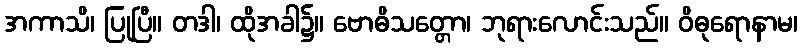
အကာသိ၊ ပြုပြီ။ တဒါ၊ ထိုအခါ၌။ ဗောဓိသတ္တော၊ ဘုရားလောင်းသည်။ ဝိဓုရောနာမ၊